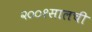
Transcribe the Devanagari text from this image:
२००१सालची